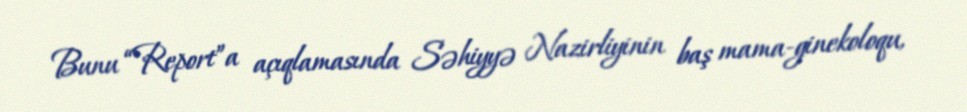
Bunu “Report”a açıqlamasında Səhiyyə Nazirliyinin baş mama-ginekoloqu,